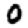
Digit: 0